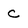
Character: c